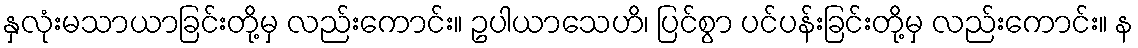
နှလုံးမသာယာခြင်းတို့မှ လည်းကောင်း။ ဥပါယာသေဟိ၊ ပြင်စွာ ပင်ပန်းခြင်းတို့မှ လည်းကောင်း။ န